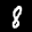
Label: 8